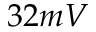
3 2 m V